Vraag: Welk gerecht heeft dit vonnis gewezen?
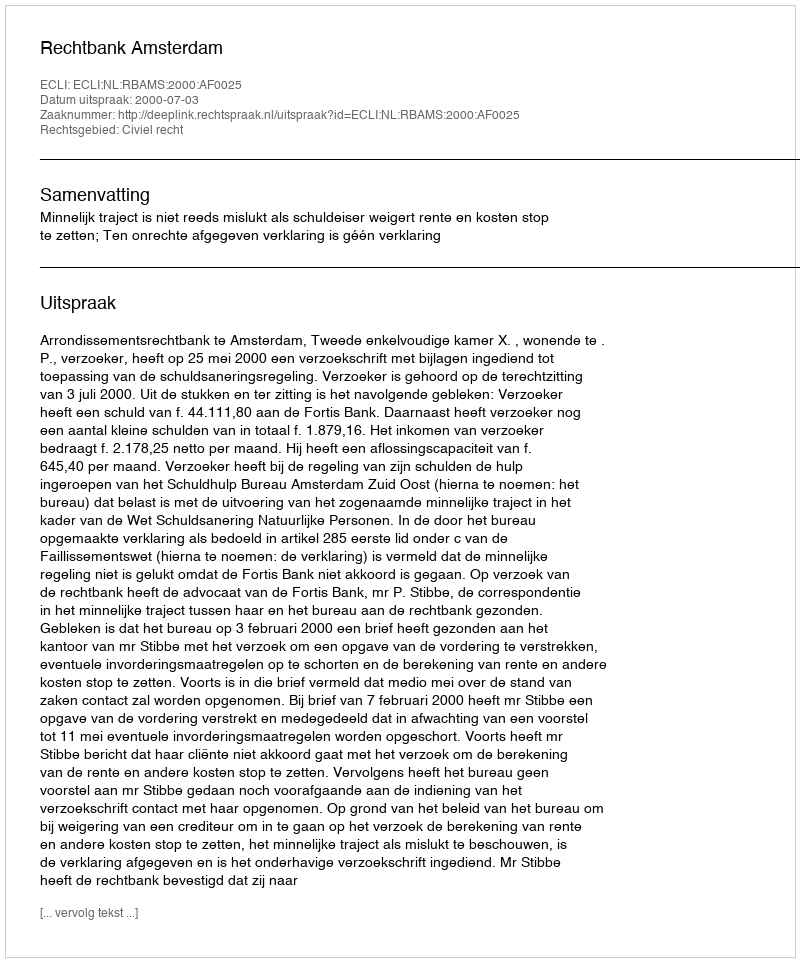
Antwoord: Rechtbank Amsterdam